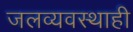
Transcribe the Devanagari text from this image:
जलव्यवस्थाही